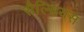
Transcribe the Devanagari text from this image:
सैल्सियस